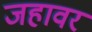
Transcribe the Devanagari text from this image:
जहावर